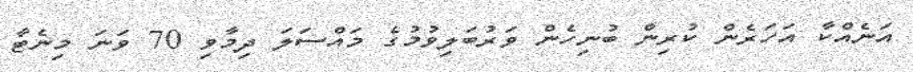
އަނެއްކާ އަހަރެން ކުރިން ބުނިހެން ވަރުބަލިވުމުގެ މައްސަލަ ދިމާވި 70 ވަނަ މިނެޓާ